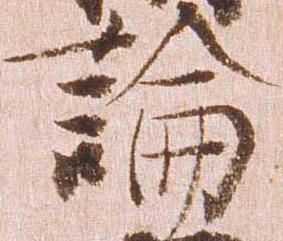
論